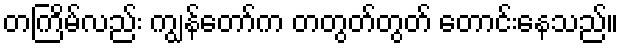
တကြိမ်လည်း ကျွန်တော်က တတွတ်တွတ် တောင်းနေသည်။